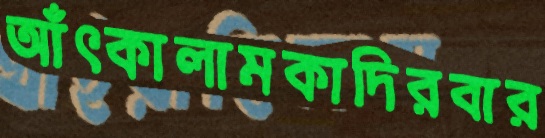
আঁৎকালামকাদিরবার